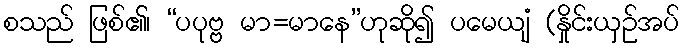
စသည် ဖြစ်၏၊ “ပပုဗ္ဗ မာ=မာနေ”ဟုဆို၍ ပမေယျံ (နှိုင်းယှဉ်အပ်